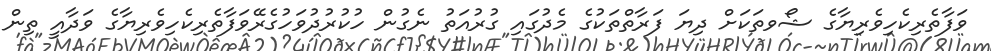
ވަފާތެރިކެހިވެރިޔާގެ ޝޯވތަކަށް ދިޔަ ފަރާތްތަކުގެ މެދުގައި ގުރުއަތު ނެގުން ހުކުރުދުވަހުގެރޭވަފާތެރިކެހިވެރިޔާގެ ވަދާއީ ތިން